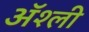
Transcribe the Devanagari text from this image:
ॲश्ली